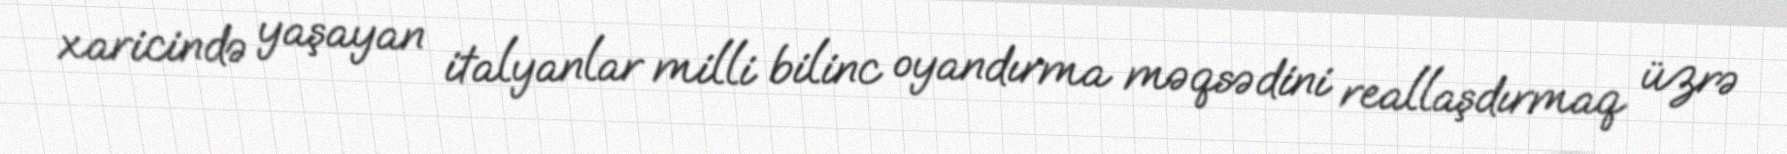
xaricində yaşayan italyanlar milli bilinc oyandırma məqsədini reallaşdırmaq üzrə